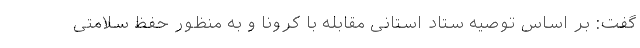
گفت: بر اساس توصیه ستاد استانی مقابله با کرونا و به منظور حفظ سلامتی